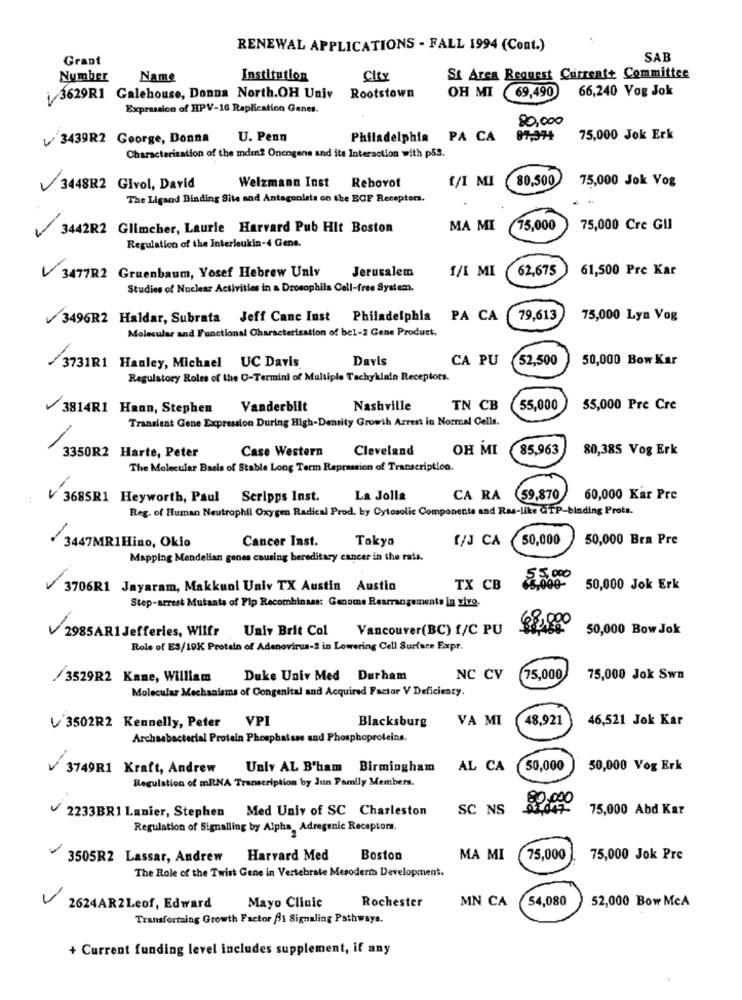
RENEWAL APPLICATIONS - FALL 1994 (Cont.)
Grant
SAB
Number
Name
Institution
City
St Area Request Current+ Committee
Rootstown
OH MI (69,490) 66,240 Vog Jok
3629R1 Galehouse, Donna North.OH Univ
Expression of HPV-16 Replication Genes.
80,000
3439R2 Goorge, Donna
U. Penn
Philadelphia
PA CA
87,374
75,000 Jok Erk
Characterization of the mdm2 Oncogene and its Interaction with p53.
Welzmann Inst
80,500
75,000 Jok Vog
V 3448R2 Givol, David
Reborot
[/I MI
The Ligand Binding Site and Antagonists on the BOF Receptors.
3442R2 Glimcher, Laurie Harvard Pub Hit Boston
MA MI
75,000
75,000 Cre Gli
Regulation of the Interleukin-4 Gene.
Jerusalem
1/I MI
62,675
61,500 Pre Kar
V 3477R2 Gruenbaum, Yosef Hebrew Univ
Studies of Nuclear Activities in a Drosophila Cell-free System.
3496R2 Haldar, Subrata Jeff Canc Inst Philadelphia
PA CA
79,613
75,000 Lyn Vog
Molecular and Functional Characterization of bel-2 Gene Product.
Davis
CA PU
52,500
50,000 Bow Kar
3731R1 Hanley, Michael UC Davis
Regulatory Roles of the C-Termini of Multiple Tachyklain Receptors.
3814R1 Hann, Stephen Vanderbilt
Nashville
TN CB
55,000
55,000 Pre Cre
Transient Gene Expression During High-Density Growth Arrest in Normal Cells.
3350R2 Harte, Peter
Case Western
Cleveland
OH MI
85,963
80,385 Vog Erk
The Molecular Basis of Stable Long Term Repression of Transcription.
-
3685R1 Heyworth, Paul Scripps Inst.
La Jolla
CA RA
59,870
60,000 Kar Pre
Reg. of Human Neutrophil Oxygen Radical Prod. by Cytosolic Components and Ras-like GTP-binding Prots.
Cancer Inst.
Tokyo
[/J CA
50,000
50,000 Bra Pre
3447MR1Hino, Okio
Mapping Mendelian genes causing hereditary cancer in the rats.
15.000
3706R1 Jayaram, Makkunl Univ TX Austin Austia
TX CB
50,000 Jok Erk
Step-arrest Mutants of Flp Recombinass: Genome Rearrangements in vivo.
68,000
2985AR1 Jefferies, Wilfr Univ Brit Col
Vancouver(BC) f/C PU
50,000 Bow Jok
Role of ES/19K Protein of Adenovirus-2 in Lowering Cell Surface Expr.
/3529R2 Kane, William
Duke Univ Med Durham
NC CV
75,000
75,000 Jok Swn
Molecular Mechanisms of Congenital and Acquired Factor V Deficiency.
Blacksburg
VA MI
48,921
46,521 Jok Kar
V 3502R2 Kennelly, Peter VPI
Archaebacterial Protein Phosphattse and Phosphoproteins.
-
3749R1 Kraft, Andrew
Unlv AL B'ham Birmingham
AL CA
50,000
50,000 Vog Erk
Regulation of mRNA Transcription by Jun Family Members.
80,000
2233BR1 Lanier, Stephen Med Univ of SC Charleston
SC NS
75,000 Abd Kar
Regulation of Signalling by Alpha, Adregenic Receptors.
3505R2 Lassar, Andrew
Harvard Med
Boston
MA MI
75,000
75,000 Jok Pre
The Role of the Twist Gene in Vertebrate Mesoderm Development.
-
Mayo Clinic
Rochester
MN CA
54,080
52,000 Bow McA
2624AR2Leof, Edward
Transforming Growth Factor f1 Signaling Pathways.
+ Current funding level includes supplement, if any